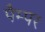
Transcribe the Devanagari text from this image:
पैम्पर